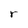
Character: r